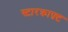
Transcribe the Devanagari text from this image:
स्टारक्राफ़्ट